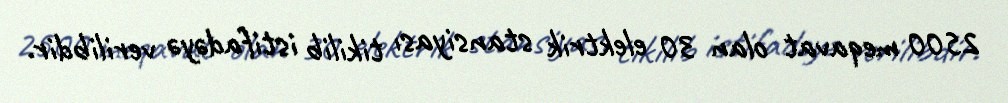
2500 meqavat olan 30 elektrik stansiyası tikilib istifadəyə verilibdir.